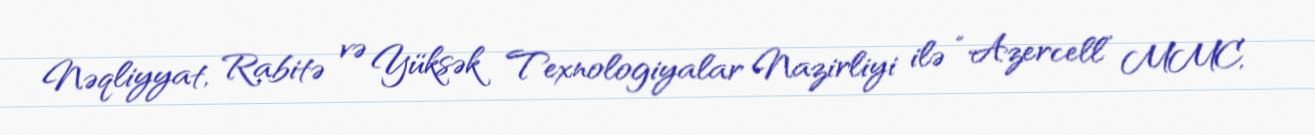
Nəqliyyat, Rabitə və Yüksək Texnologiyalar Nazirliyi ilə “Azercell” MMC,